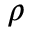
\rho